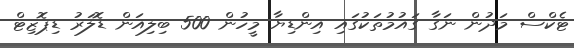
ޓެކްސް މަދުން ނަގާ ގައުމުތަކުގައި އިންޑިޔާ މީހުން 500 ބިލިއަން ޑޮލަރު ޑިޕޮޒިޓް